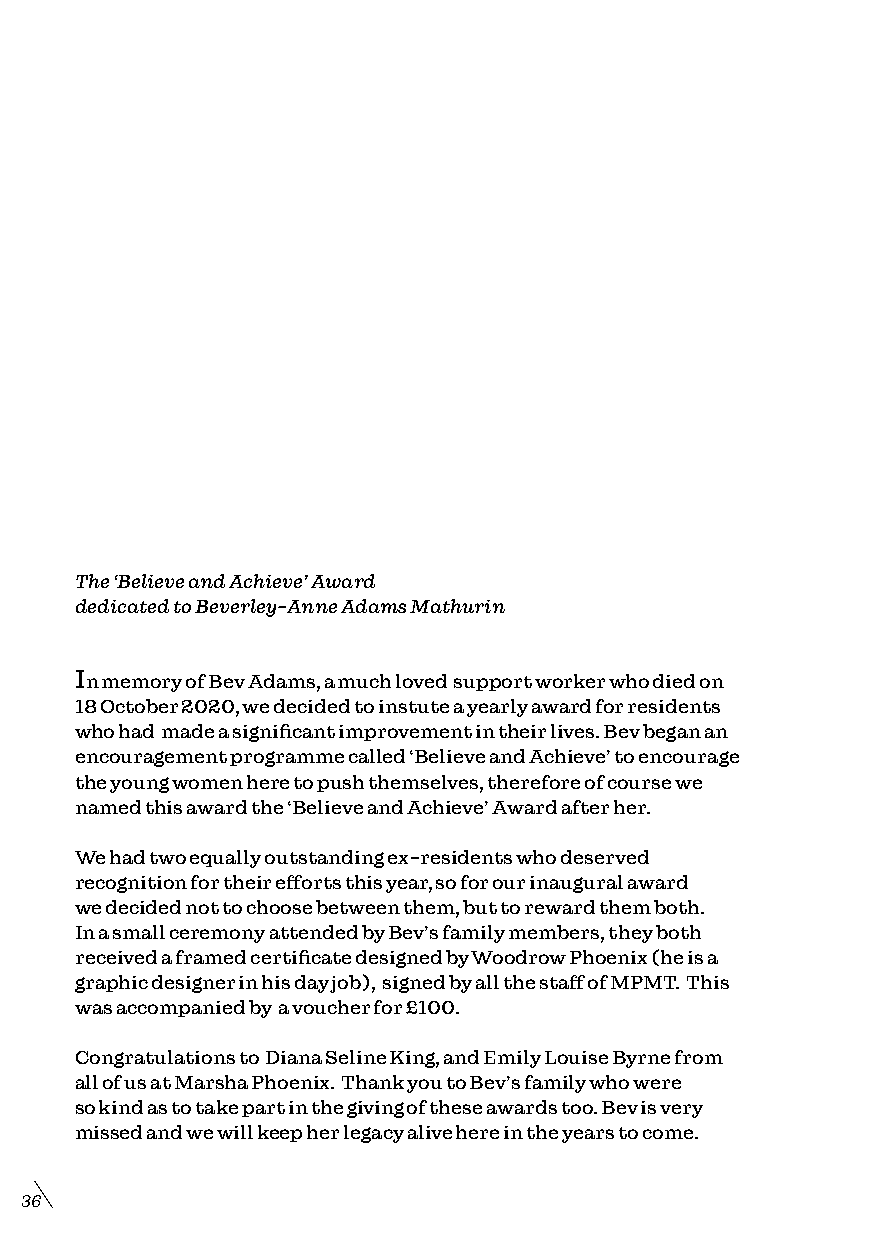
The ‘Believe and Achieve’ Award
 dedicated to Beverley-Anne Adams Mathurin
 In memory of Bev Adams, a much loved support worker who died on
 18 October 2020, we decided to instute a yearly award for residents
 who had made a significant improvement in their lives. Bev began an
 encouragement programme called ‘Believe and Achieve’ to encourage
 the young women here to push themselves, therefore of course we
 named this award the ‘Believe and Achieve’ Award after her.
 We had two equally outstanding ex-residents who deserved
 recognition for their efforts this year, so for our inaugural award
 we decided not to choose between them, but to reward them both.
 In a small ceremony attended by Bev’s family members, they both
 received a framed certificate designed by Woodrow Phoenix (he is a
 graphic designer in his day job), signed by all the staff of MPMT. This
 was accompanied by a voucher for £100.
 Congratulations to Diana Seline King, and Emily Louise Byrne from
 all of us at Marsha Phoenix. Thank you to Bev’s family who were
 so kind as to take part in the giving of these awards too. Bev is very
 missed and we will keep her legacy alive here in the years to come.
 36